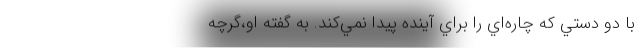
با دو دستي كه چاره‌اي را براي آينده پيدا نمي‌كند. به گفته او،گرچه